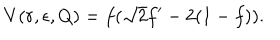
V ( r , \epsilon , Q ) = f ( \sqrt 2 f ^ { \prime } - 2 ( 1 - f ) ) .